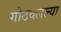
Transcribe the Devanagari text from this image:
गोठवलेल्या